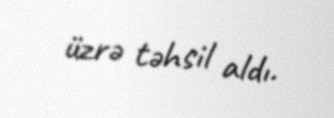
üzrə təhsil aldı.